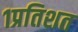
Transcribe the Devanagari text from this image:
१प्रतिशत